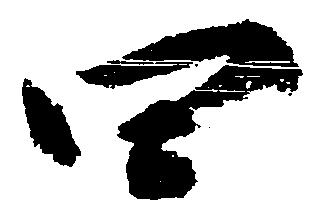
四